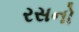
રસનો